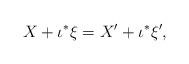
LaTeX: \begin{align*}X + \iota^{*} \xi = X' + \iota^{*}\xi',\end{align*}